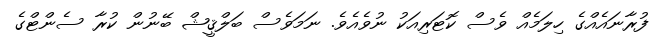
ފުރާނައެއްގެ ހިލަމެއް ވެސް ކޮޓަރިއަކު ނުވެއެވެ. ނަމަވެސް ބަލްޤީޝް ބޭނުން ކުރާ ސެންޓްގެ